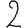
Digit: 2